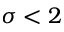
\sigma < 2